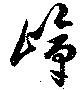
嶂